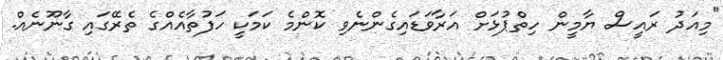
"މިއަދު ރައީސް ޔާމީން ހިތްޕުޅަށް އަރާވަޑައިގެންނެވި ކޮންމެ ކަމަކީ ހަފުތާއެއްގެ ތެރޭގައި ގާނޫނެއް.